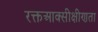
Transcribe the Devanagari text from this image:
रक्तआक्सीक्षीणता